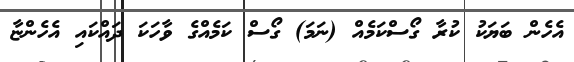
އެހެން ބަޔަކު ކުރާ ގޯސްކަމެއް (ނަމަ) ގޯސް ކަމެއްގެ ވާހަކަ ދައްކައި އެހެންޏާ